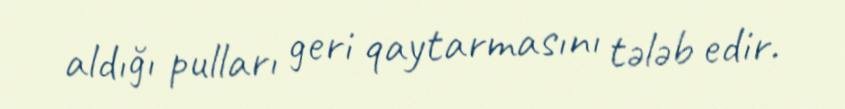
aldığı pulları geri qaytarmasını tələb edir.